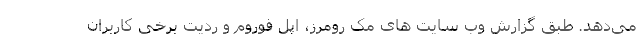
می‌دهد. طبق گزارش وب سایت های مک رومرز، اپل فوروم و ردیت برخی کاربران